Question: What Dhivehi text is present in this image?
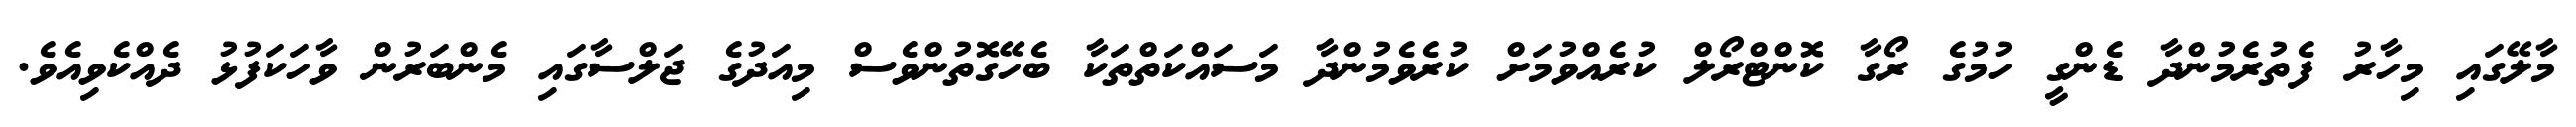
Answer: މާލޭގައި މިހާރު ފެތުރެމުންދާ ޑެންގީ ހުމުގެ ރޯގާ ކޮންޓްރޯލް ކުރެއްވުމަށް ކުރެވެމުންދާ މަސައްކަތްތަކާ ބެހޭގޮތުންވެސް މިއަދުގެ ޖަލްސާގައި މެންބަރުން ވާހަކަފުޅު ދެއްކެވިއެވެ.